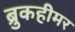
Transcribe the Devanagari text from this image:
ब्रुकहीमर